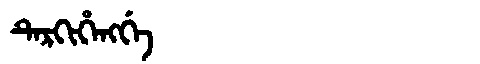
Manchu: ᡨᡝᡵᡴᡳᡥᡝᠩᡤᡝ
Romanization: TERKIHENGGE